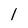
Character: l